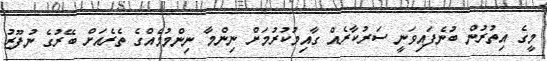
މީގެ އިތުރުން ބުނެފައިވަނީ ސަރުކާރެއް ގާއިމުކުރުމަށް ނިންމާ ނިންމުމެއްގެ ތެރެއަށް ބޭރުގެ ނުފޫޒު